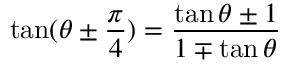
\tan ( \theta \pm { \frac { \pi } { 4 } } ) = { \frac { \tan \theta \pm 1 } { 1 \mp \tan \theta } }